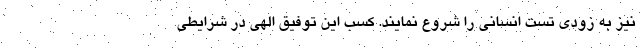
نیز به زودی تست انسانی را شروع نمایند. کسب این توفیق الهی در شرایطی